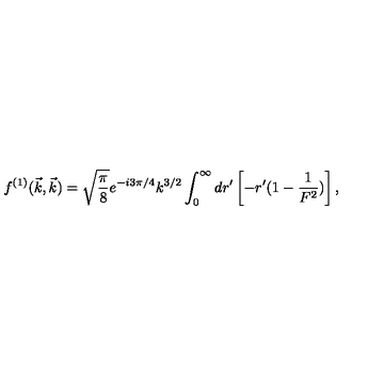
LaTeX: f ^ { ( 1 ) } ( \vec { k } , \vec { k } ) = \sqrt { \frac { \pi } { 8 } } e ^ { - i 3 \pi / 4 } k ^ { 3 / 2 } \int _ { 0 } ^ { \infty } d r ^ { \prime } \left[ - r ^ { \prime } ( 1 - \frac { 1 } { F ^ { 2 } } ) \right] ,